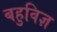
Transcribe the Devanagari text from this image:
बहुविज्ञ